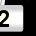
Digit: 2